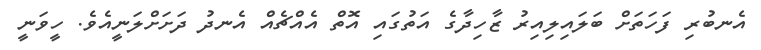
އެނބުރި ފަހަތަށް ބަލައިލިއިރު ޒާހިދާގެ އަތުގައި އޮތް އެއްޗެއް އެނދު ދަށަށްލަނީއެވެ. ހީވަނީ